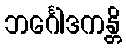
ဘင်္ဂေါဒကန္တိ